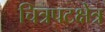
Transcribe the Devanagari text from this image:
चित्रपटक्षेत्र